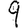
Digit: 9